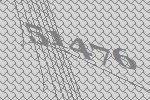
51476